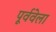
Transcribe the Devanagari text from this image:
पूर्ववेला